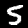
Label: 5